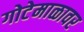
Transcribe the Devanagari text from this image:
गोटेमाळावर